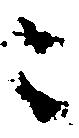
々